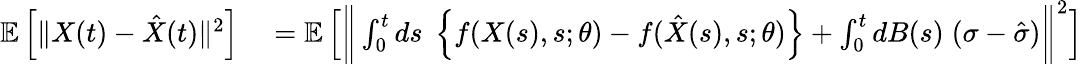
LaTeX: \begin{array}{rl}{\mathbb{E}\left[\Vert X(t)-\hat{X}(t)\Vert^{2}\right]}&{{}=\mathbb{E}\left[\bigg\Vert\int_{0}^{t}ds\; \left\{ f(X(s),s;\theta)-f(\hat{X}(s),s;\theta)\right\} +\int_{0}^{t}dB(s)\; (\sigma-\hat{\sigma})\bigg\Vert^{2}\right]}\end{array}